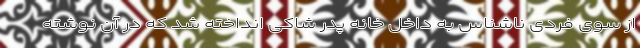
از سوی فردی ناشناس به داخل خانه پدر شاکی انداخته شد که در آن نوشته